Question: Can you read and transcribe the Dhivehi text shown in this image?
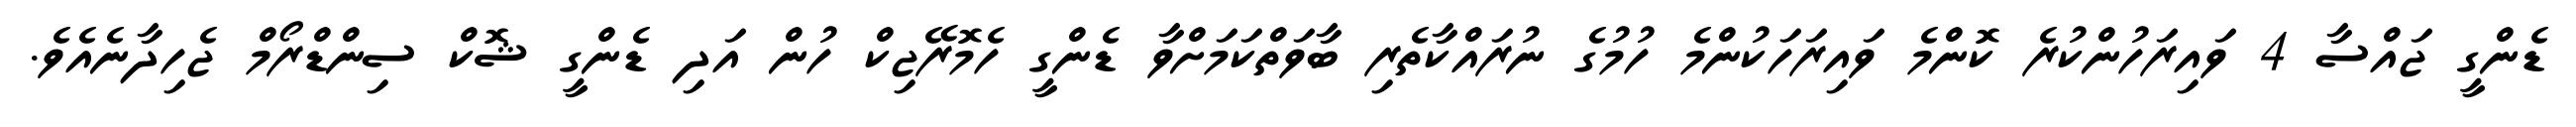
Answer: ޑެންގީ ޖައްސާ 4 ވައިރަހުންކުރެ ކޮންމެ ވައިރަހަކުންމެ ހުމުގެ ނުރައްކާތެރި ބާވަތްކަމަށްވާ ޑެންގީ ހެމޮރޭޖިކް ހުން އަދި ޑެންގީ ޝޮކް ސިންޑްރޯމް ޖެހިދާނެއެވެ.